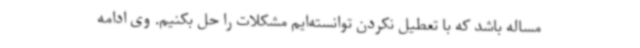
مساله باشد که با تعطیل نکردن توانسته‌ایم مشکلات را حل بکنیم. وی ادامه